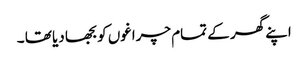
اپنے گھر کے تمام چراغوں کو بجھا دیا تھا ۔